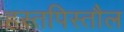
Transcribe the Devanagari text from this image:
हस्तपिस्तौल